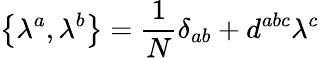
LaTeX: \left\{ \lambda^{a},\lambda^{b}\right\} =\frac{1}{N}\delta_{ab}+d^{abc}\lambda^{c}